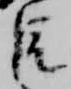
臣